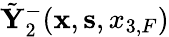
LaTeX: \tilde{\mathbf Y}_{2}^{-}({{\mathbf x}},{{\mathbf s}},{x_{3,F}})